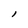
Character: l